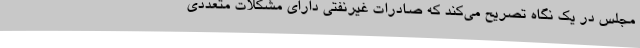
مجلس در یک نگاه تصریح می‌کند که صادرات غیرنفتی دارای مشکلات متعددی